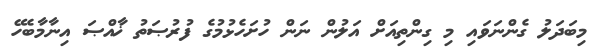
މިބަދަލު ގެންނަވައި މި ގިންތިއަށް އަލުން ނަން ހުށަހެޅުމުގެ ފުރުޞަތު ޚާއްޞަ އިނާމާބެހޭ